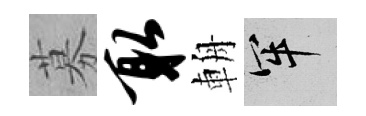
募取輈牢